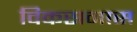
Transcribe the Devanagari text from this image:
विकसनास